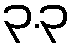
၃.၃